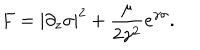
F = | \partial _ { z } \sigma | ^ { 2 } + { \frac { \mu } { 2 \gamma ^ { 2 } } } e ^ { \gamma \sigma } .